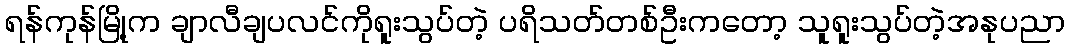
ရန်ကုန်မြို့က ချာလီချပလင်ကိုရူးသွပ်တဲ့ ပရိသတ်တစ်ဦးကတော့ သူရူးသွပ်တဲ့အနုပညာ